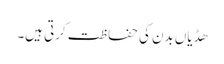
ھڈیاں بدن کی حفاظت کرتی ہیں۔